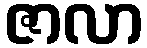
ဇာလာ